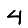
Digit: 4